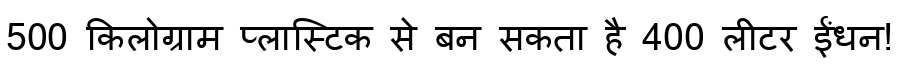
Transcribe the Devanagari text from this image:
500 किलोग्राम प्लास्टिक से बन सकता है 400 लीटर ईंधन!